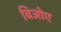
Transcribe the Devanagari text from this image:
बिजोए